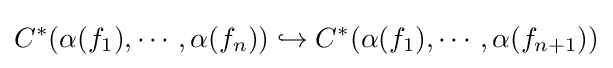
C^{*}(\alpha (f_{1}),\cdots ,\alpha (f_{n}))\hookrightarrow C^{*}(\alpha (f_{1}),\cdots ,\alpha (f_{n+1}))